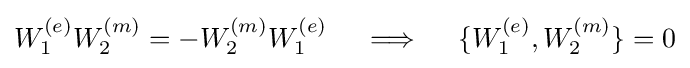
W_{1}^{(e)}W_{2}^{(m)}=-W_{2}^{(m)}W_{1}^{(e)}\quad \implies \quad \{W_{1}^{(e)},W_{2}^{(m)}\}=0